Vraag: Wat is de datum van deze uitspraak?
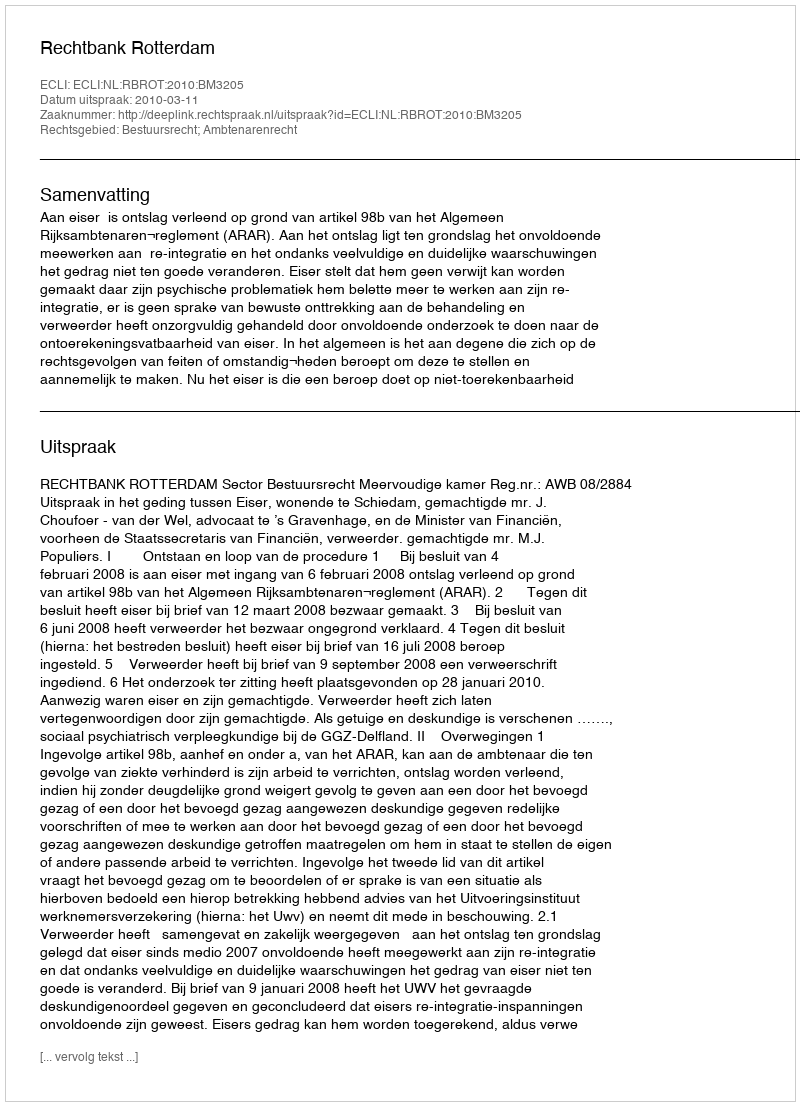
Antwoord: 2010-03-11